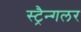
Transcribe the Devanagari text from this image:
स्ट्रैन्गलर